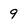
Character: 9